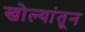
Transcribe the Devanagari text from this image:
खोल्यांतून